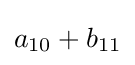
a_{10}+b_{11}